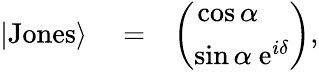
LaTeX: \begin{array}{rlr}{|\mathrm{Jones}\rangle}&{{}=}&{\left(\begin{array}{c}{\cos\alpha\ \ \ \ }\\ {\sin\alpha\ \mathrm{e}^{i\delta}}\end{array}\right),}\end{array}